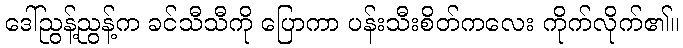
ဒေါ်ညွန့်ညွန့်က ခင်သီသီကို ပြောကာ ပန်းသီးစိတ်ကလေး ကိုက်လိုက်၏။